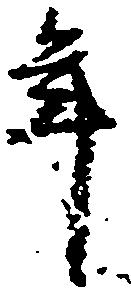
年